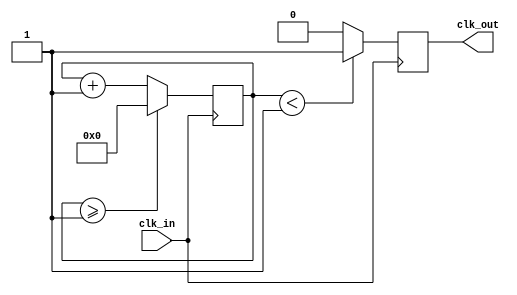
module Gen_relojes(
    output reg clk_out,
    input clk_in);
reg [31:0] counter= 32'd0;
parameter DIVISOR = 32'd2;

always @(posedge clk_in)
begin
 counter <= counter + 32'd1;
 if(counter>=(DIVISOR-1))
  counter <= 32'd0;

 clk_out <= (counter<DIVISOR/2)?1'b1:1'b0;

end 

endmodule